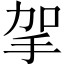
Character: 㧝